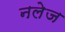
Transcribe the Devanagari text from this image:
नलेज